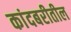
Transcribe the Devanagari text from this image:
कांदबरीतील